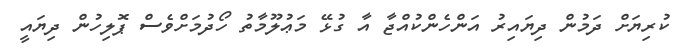
ކުރިޔަށް ދަމުން ދިޔައިރު އަންހެންކުއްޖާ އާ ގުޅޭ މަޢުލޫމާތު ހޯދުމަށްވެސް ޕޮލިހުން ދިޔައީ